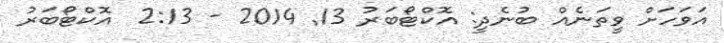
އަވަހަށް ވީތަނެއް ބުނެދީ: އޮކްޓޯބަރު 13